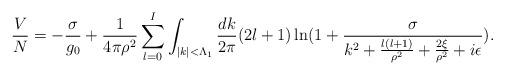
LaTeX: \begin{align*}\frac{V}{N}=-\frac{\sigma}{g_0}+\frac{1}{4\pi\rho^2}\sum_{l=0}^{I} \int_{|k|<\Lambda_1} \frac{dk}{2\pi}(2l+1) \ln(1+\frac{\sigma}{k^2+\frac{l(l+1)}{\rho^2}+\frac{2\xi}{\rho^2} +i\epsilon}).\end{align*}